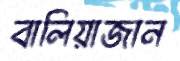
বালিয়াজান